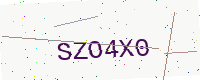
Text: SZO4X0